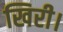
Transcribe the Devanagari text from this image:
खिरी।